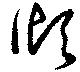
傾